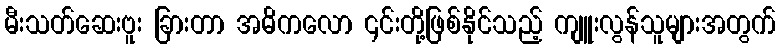
မီးသတ်ဆေးဗူး ခြားတာ အဓိကလော ၎င်းတို့ဖြစ်နိုင်သည့် ကျူးလွန်သူများအတွက်